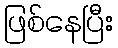
ဖြစ်နေပြီး